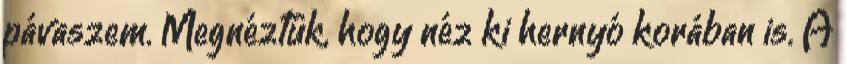
pávaszem. Megnéztük, hogy néz ki hernyó korában is. A